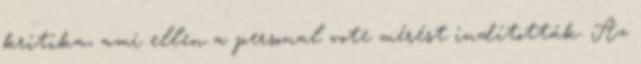
kritika, ami ellen a personal vote mérést indították. Az